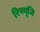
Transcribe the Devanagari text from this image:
रिफ्यूजि